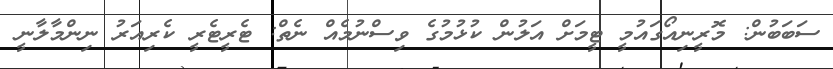
ސަބަބުން: މޮރީނިއޯގައުމީ ޓީމަށް އަލުން ކުޅުމުގެ ވިސްނުމެއް ނެތް: ޓެރީޓެރީ ކެރިއަރު ނިންމާލާނީ